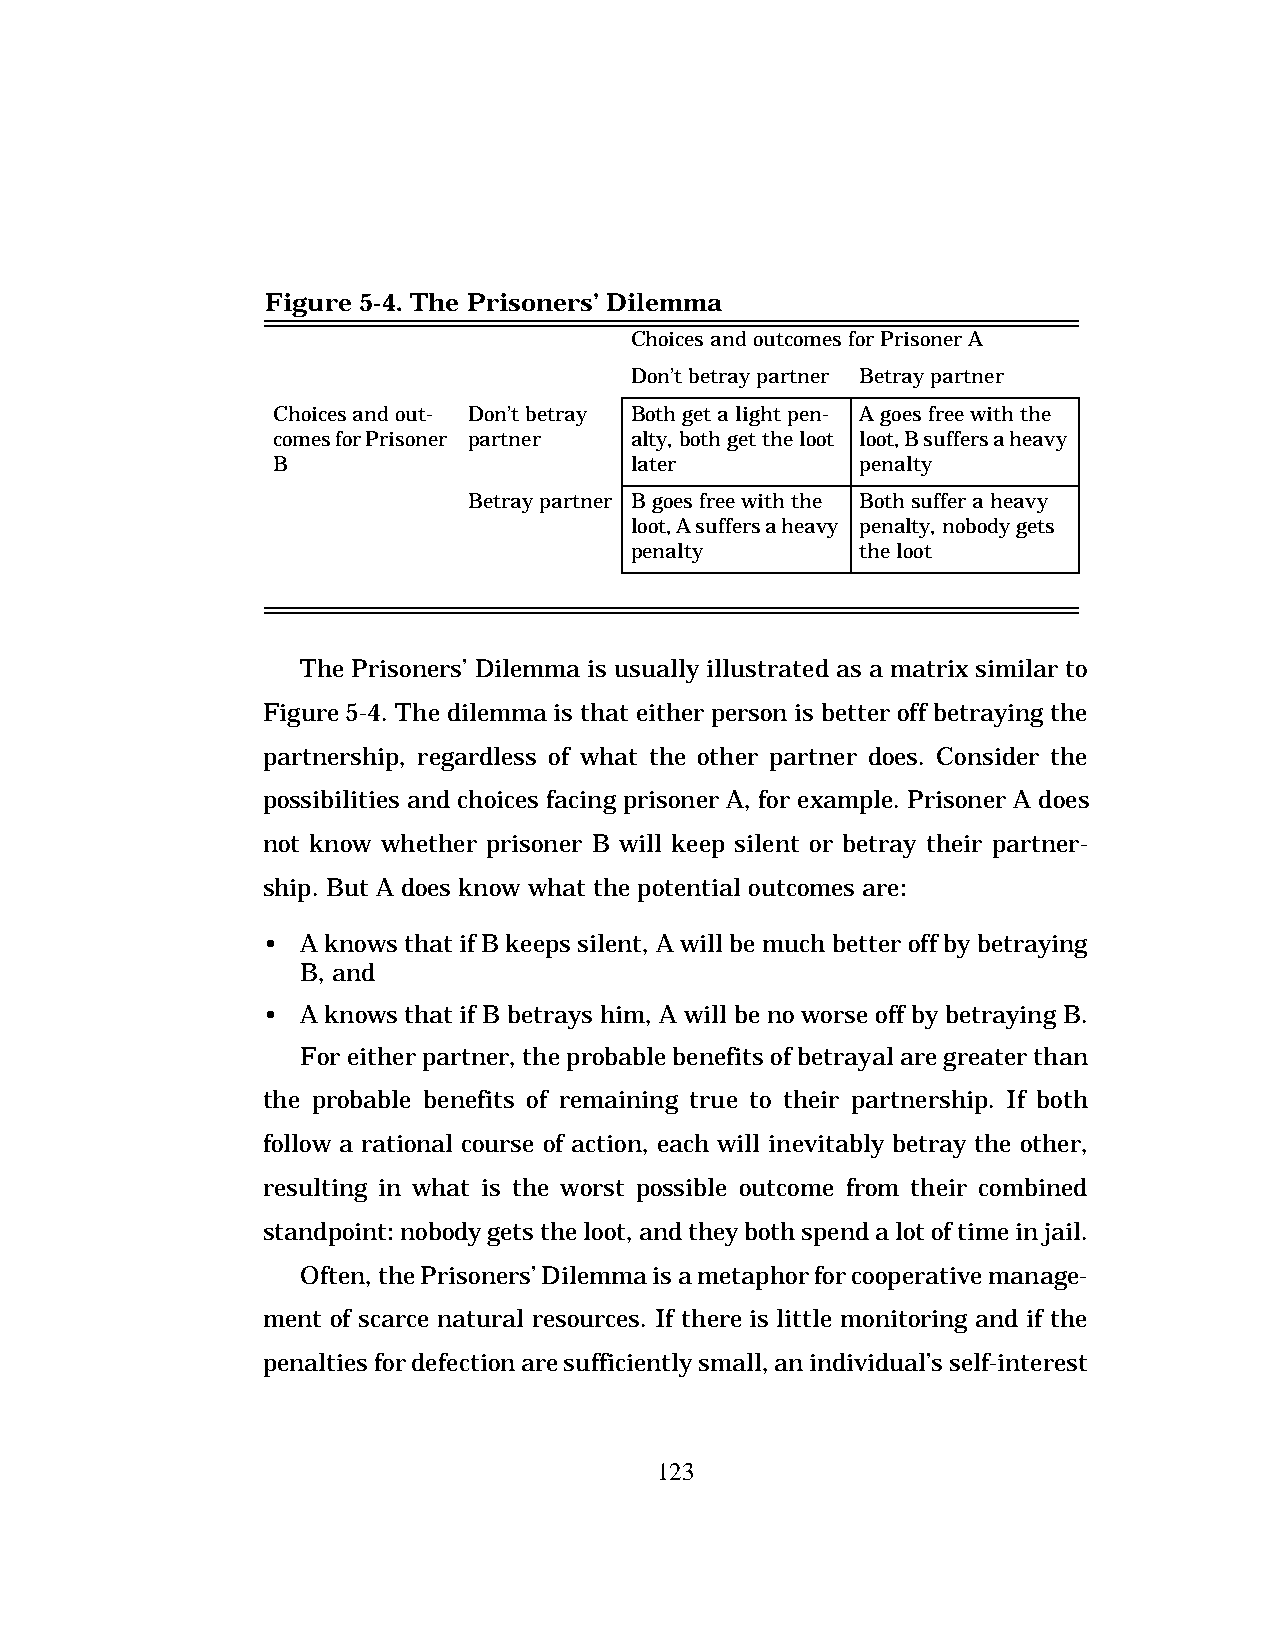
Figure 5-4. The Prisoners’ Dilemma
 Choices and outcomes for Prisoner A
 Don’t betray partner Betray partner
 Choices and out- Don’t betray Both get a light pen- A goes free with the
 comes for Prisoner partner alty, both get the loot loot, B suffers a heavy
 B                       later          penalty
 Betray partner B goes free with the Both suffer a heavy
 loot, A suffers a heavy penalty, nobody gets
 penalty        the loot
 The Prisoners’ Dilemma is usually illustrated as a matrix similar to
 Figure 5-4. The dilemma is that either person is better off betraying the
 partnership, regardless of what the other partner does. Consider the
 possibilities and choices facing prisoner A, for example. Prisoner A does
 not know whether prisoner B will keep silent or betray their partner-
 ship. But A does know what the potential outcomes are:
 •  A knows that if B keeps silent, A will be much better off by betraying
 B, and
 •  A knows that if B betrays him, A will be no worse off by betraying B.
 For either partner, the probable benefits of betrayal are greater than
 the probable benefits of remaining true to their partnership. If both
 follow a rational course of action, each will inevitably betray the other,
 resulting in what is the worst possible outcome from their combined
 standpoint: nobody gets the loot, and they both spend a lot of time in jail.
 Often, the Prisoners’ Dilemma is a metaphor for cooperative manage-
 ment of scarce natural resources. If there is little monitoring and if the
 penalties for defection are sufficiently small, an individual’s self-interest
 123